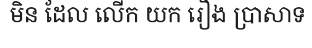
មិន ដែល លើក យក រឿង ប្រាសាទ